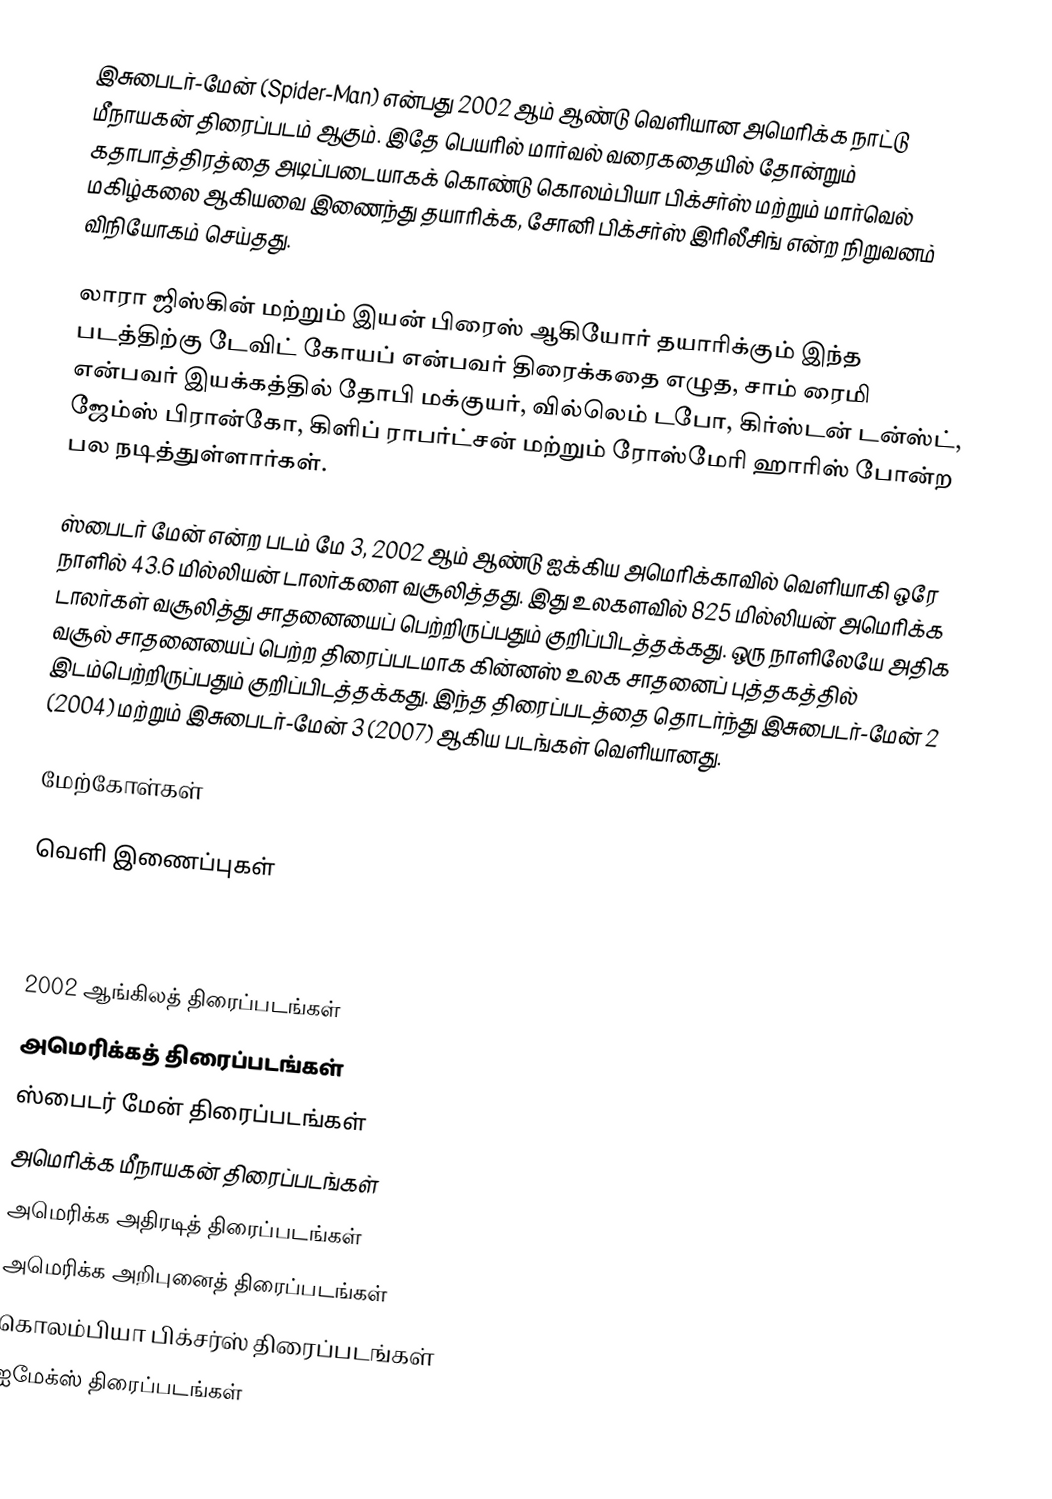
இசுபைடர்-மேன் (Spider-Man) என்பது 2002 ஆம் ஆண்டு வெளியான அமெரிக்க நாட்டு மீநாயகன் திரைப்படம் ஆகும். இதே பெயரில் மார்வல் வரைகதையில் தோன்றும் கதாபாத்திரத்தை அடிப்படையாகக் கொண்டு கொலம்பியா பிக்சர்ஸ் மற்றும் மார்வெல் மகிழ்கலை ஆகியவை இணைந்து தயாரிக்க, சோனி பிக்சர்ஸ் இரிலீசிங் என்ற நிறுவனம் விநியோகம் செய்தது.

லாரா ஜிஸ்கின் மற்றும் இயன் பிரைஸ் ஆகியோர் தயாரிக்கும் இந்த படத்திற்கு டேவிட் கோயப் என்பவர் திரைக்கதை எழுத, சாம் ரைமி என்பவர் இயக்கத்தில் தோபி மக்குயர், வில்லெம் டபோ, கிர்ஸ்டன் டன்ஸ்ட், ஜேம்ஸ் பிரான்கோ, கிளிப் ராபர்ட்சன் மற்றும் ரோஸ்மேரி ஹாரிஸ் போன்ற பல நடித்துள்ளார்கள்.

ஸ்பைடர் மேன் என்ற படம் மே 3, 2002 ஆம் ஆண்டு ஐக்கிய அமெரிக்காவில் வெளியாகி ஒரே நாளில் 43.6 மில்லியன் டாலர்களை வசூலித்தது. இது உலகளவில் 825 மில்லியன் அமெரிக்க டாலர்கள் வசூலித்து சாதனையைப் பெற்றிருப்பதும் குறிப்பிடத்தக்கது. ஒரு நாளிலேயே அதிக வசூல் சாதனையைப் பெற்ற திரைப்படமாக கின்னஸ் உலக சாதனைப் புத்தகத்தில் இடம்பெற்றிருப்பதும் குறிப்பிடத்தக்கது. இந்த திரைப்படத்தை தொடர்ந்து இசுபைடர்-மேன் 2 (2004) மற்றும் இசுபைடர்-மேன் 3 (2007) ஆகிய படங்கள் வெளியானது.

மேற்கோள்கள்

வெளி இணைப்புகள்

2002 ஆங்கிலத் திரைப்படங்கள்
அமெரிக்கத் திரைப்படங்கள்
ஸ்பைடர் மேன் திரைப்படங்கள்
அமெரிக்க மீநாயகன் திரைப்படங்கள்
அமெரிக்க அதிரடித் திரைப்படங்கள்
அமெரிக்க அறிபுனைத் திரைப்படங்கள்
கொலம்பியா பிக்சர்ஸ் திரைப்படங்கள்
ஐமேக்ஸ் திரைப்படங்கள்